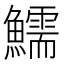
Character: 鱬